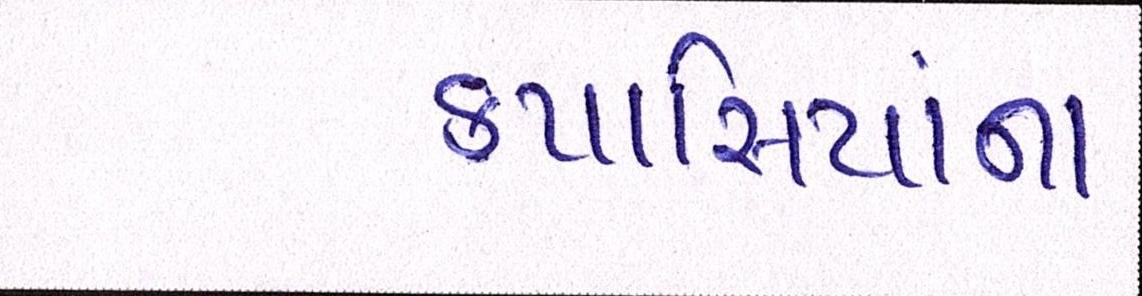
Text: કપાસિયાંના